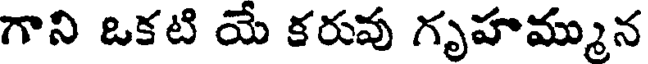
గాని ఒకటి యే కరువు గృహమ్మున